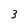
Character: 3